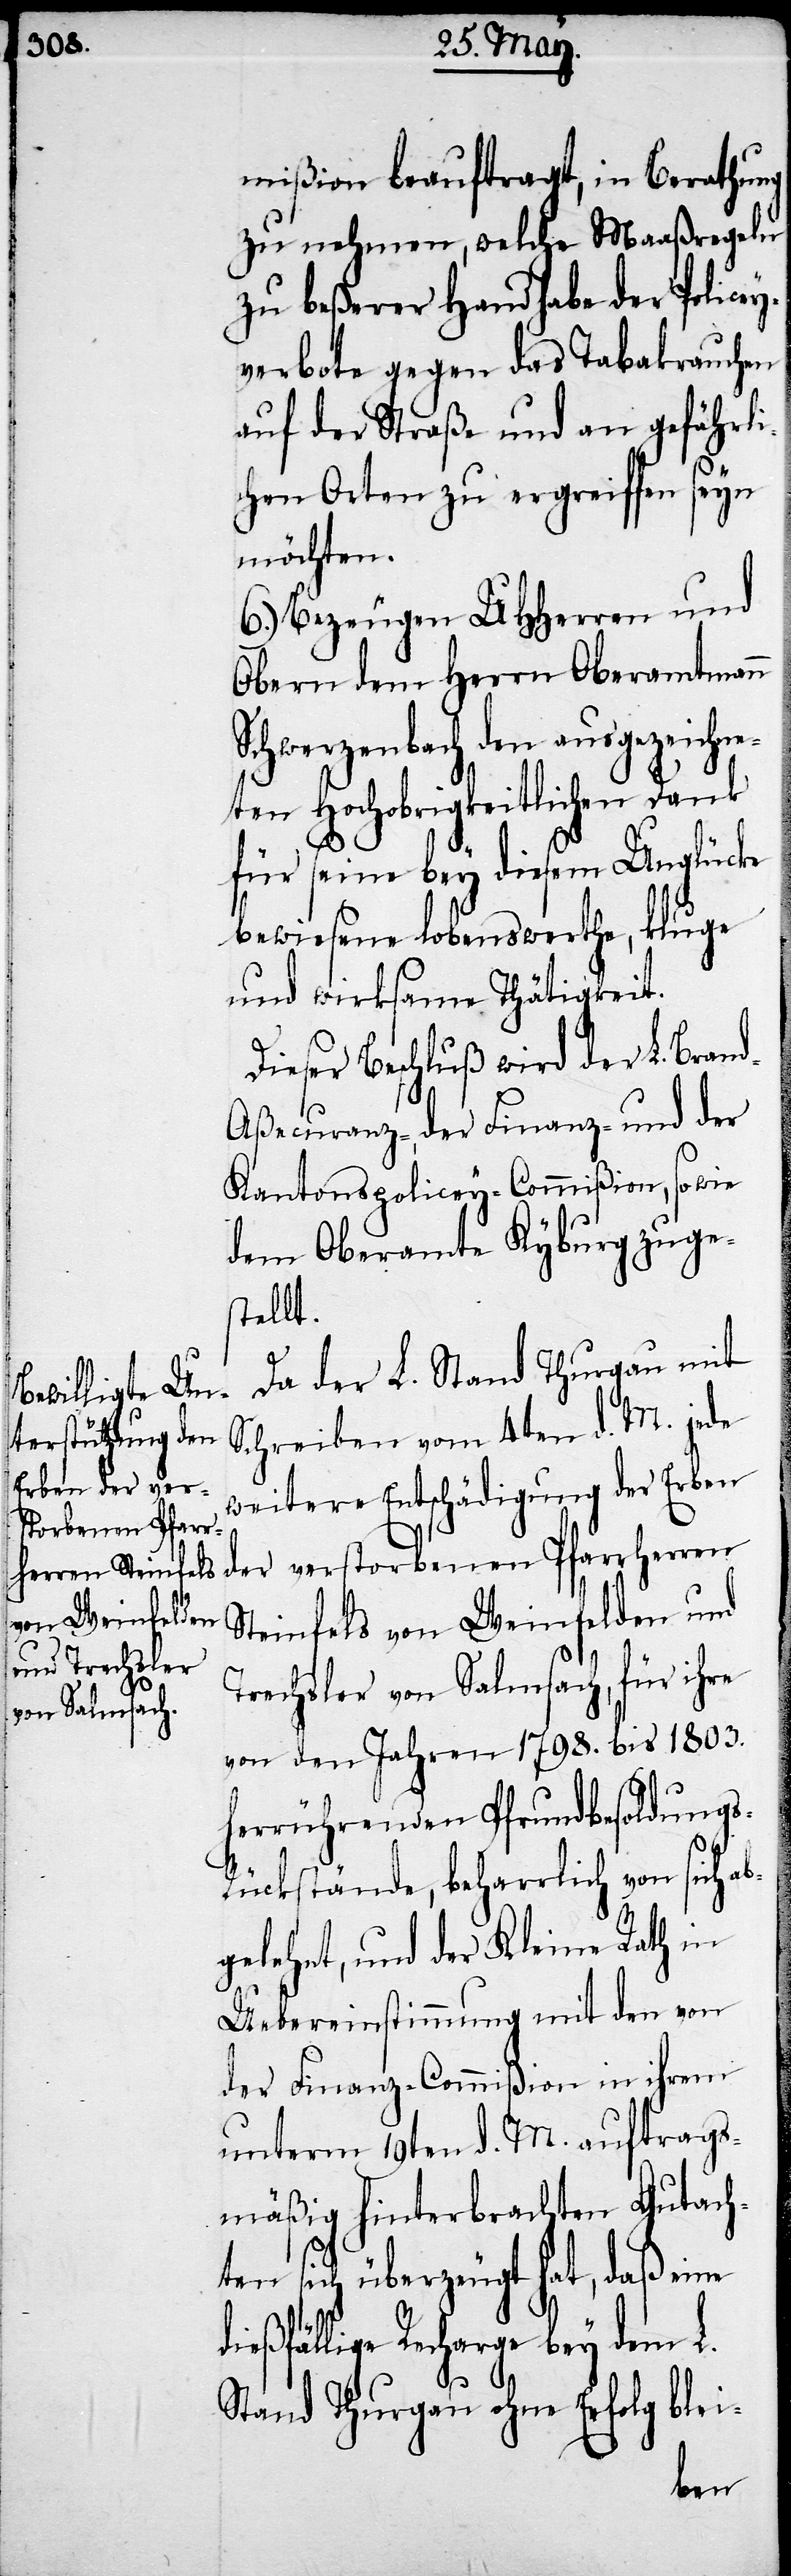
d¬

mißion beauftragt, in Berathung
zu nehmen, welche Maaßregeln
zu beßerer Handhabe der Policey¬
verbote gegen das Tabakrauchen
auf der Straße und an gefährli¬
chen Orten zu ergreiffen seyn
möchten.
6.) Bezeugen UHHerren und
Obern dem Herrn Oberamtmann
Schwerzenbach den ausgezeichne¬
ten Hochobrigkeitlichen Dank
für seine bey diesem Unglücke
bewiesene lobenswerthe, kluge
und wirksame Thätigkeit.
Dieser Beschluß wird der L. Bran¬
d-Aßecuranz-, der Finanz- und der
Kantonspolicey-Commißion, sowie
dem Oberamte Kyburg zuge¬
stellt.
Da der L. Stand Thurgau mit
Schreiben vom 4ten d. M. jede
ben der ver¬
weitere Entschädigung der Er¬
storbenen Pfarr¬
Steinfels von Weinfelden und
Trechsler von Salmsach, für ihre
von den Jahren 1798. bis 1803.
herrührenden Pfrundbesoldungs-R¬
ückstände, beharrlich von sich a¬
bgelehnt, und der Kleine Rath in
Uebereinstimmung mit den von
der Finanz-Commißion in ihrem
unterm 19ten d. M. auftrags¬
mäßig hinterbrachten Gutach¬
ten sich überzeugt hat, daß eine
ießfällige Recharge bey dem L.
Stand Thurgau ohne Erfolg blei-
ren